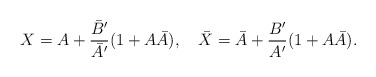
\begin{align*}X=A+\frac{{\bar B}'}{{\bar A}'}(1+A\bar{A}),\quad\bar{X}=\bar{A}+\frac{B'}{A'}(1+A\bar{A}).\end{align*}